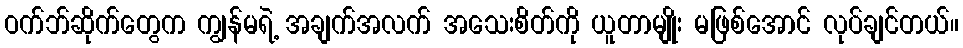
ဝက်ဘ်ဆိုက်တွေက ကျွန်မရဲ့ အချက်အလက် အသေးစိတ်ကို ယူတာမျိုး မဖြစ်အောင် လုပ်ချင်တယ်။